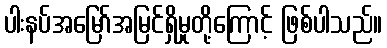
ပါးနပ်အမြော်အမြင်ရှိမှုတို့ကြောင့် ဖြစ်ပါသည်။